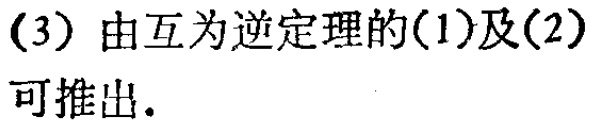
(3) 由互为逆定理的(1)及(2)可推出.